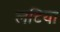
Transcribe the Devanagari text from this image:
लटिया